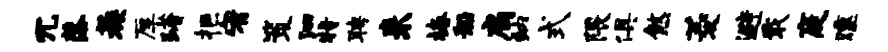
冗落蔟厚躇拒宥策泗特聘来椿船扃纳式隈俱煞菱避戢庭曛